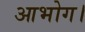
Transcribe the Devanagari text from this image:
आभोग।